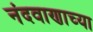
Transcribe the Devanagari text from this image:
नंदवाणाच्या